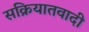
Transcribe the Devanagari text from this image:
सक्रियातवादी